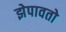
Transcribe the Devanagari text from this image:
झेपावतो